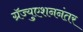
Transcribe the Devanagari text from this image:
ग्रॅज्युएशननंतर